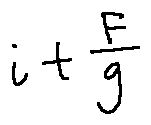
i + \frac { F } { g }